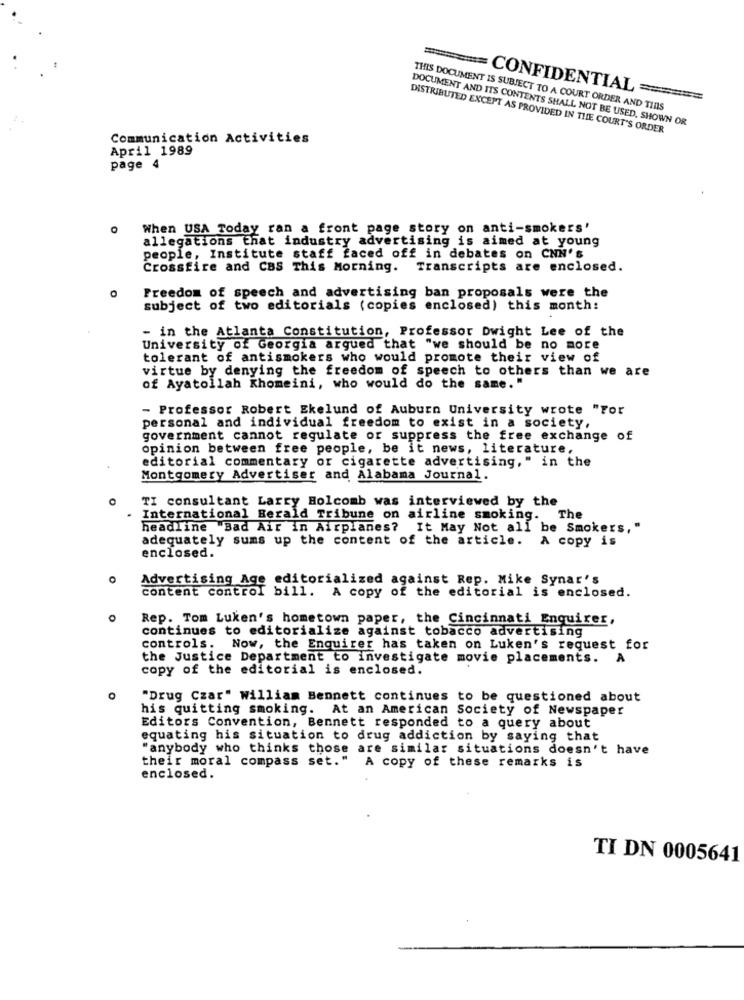
======= CONFIDENTIAL =
THIS DOCUMENT IS SUBJECT TO A COURT ORDER AND TIDS
DOCUMENT AND ITS CONTENTS SHALL NOT BE USED, SHOWN OR
DISTRIBUTED EXCEPT AS PROVIDED IN THE COURT'S ORDER
Communication Activities
April 1989
page 4
When USA Today ran a front page story on anti-smokers'
allegations that industry advertising is aimed at young
people, Institute staff faced off in debates on CNN's
Crossfire and CBS This Morning. Transcripts are enclosed.
O
Freedom of speech and advertising ban proposals were the
subject of two editorials (copies enclosed) this month:
- in the Atlanta Constitution, Professor Dwight Lee of the
University of Georgia argued that "we should be no more
tolerant of antismokers who would promote their view of
virtue by denying the freedom of speech to others than we are
of Ayatollah Khomeini, who would do the same. "
- Professor Robert Ekelund of Auburn University wrote "For
personal and individual freedom to exist in a society,
government cannot regulate or suppress the free exchange of
opinion between free people, be it news, literature,
editorial commentary or cigarette advertising," in the
Montgomery Advertiser and Alabama Journal.
TI consultant Larry Holcomb was interviewed by the
International Herald Tribune on airline smoking.
The
headline Bad Air in Airplanes? It May Not all be Smokers, "
adequately sums up the content of the article. A copy is
enclosed.
O
Advertising Age editorialized against Rep. Mike Synar's
content control bill. A copy of the editorial is enclosed.
Rep. Tom Luken's hometown paper, the Cincinnati Enquirer,
continues to editorialize against tobacco advertising
controls. Now, the Enquirer has taken on Luken's request for
the Justice Department to investigate movie placements.
A
copy of the editorial is enclosed.
O
"Drug Czar" William Bennett continues to be questioned about
his quitting smoking. At an American Society of Newspaper
Editors Convention, Bennett responded to a query about
equating his situation to drug addiction by saying that
"anybody who thinks those are similar situations doesn't have
their moral compass set." A copy of these remarks is
enclosed.
TI DN 0005641